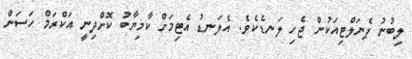
ލިބުނު ޕެނަލްޓިއަކުން ޖެހި ލަނޑެކެވެ. އެލަނޑު އެޓިމަށް ކާމިޔާބު ކޮށްދިނީ އަކްރަމް ހަސަން